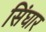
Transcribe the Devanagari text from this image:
सिंघार